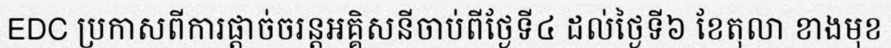
EDC ប្រកាសពីការផ្តាច់ចរន្តអគ្គិសនីចាប់ពីថ្ងែទី៤ ដល់ថ្ងៃទី៦ ខែតុលា ខាងមុខ